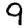
Digit: 9